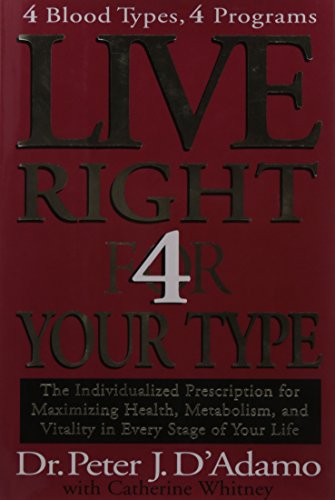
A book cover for Live Right 4 Your Type; Dr. Peter J. D'Adamo; Health, Fitness & Dieting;